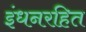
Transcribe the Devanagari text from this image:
इंधनरहित